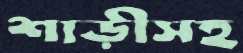
শাড়ীসহ